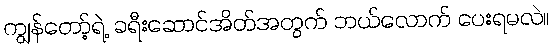
ကျွန်တော့်ရဲ့ ခရီးဆောင်အိတ်အတွက် ဘယ်လောက် ပေးရမလဲ။